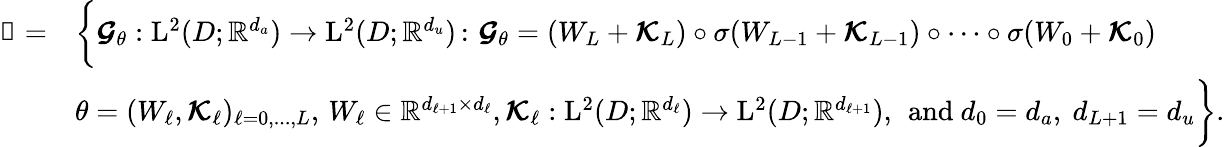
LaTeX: \begin{array}{rl}{\boldsymbol{\mathscr{N}}=}&{\biggl\{ \boldsymbol{\mathcal{G}}_{\theta}:\mathrm{L}^{2}(D;\mathbb{R}^{d_{a}})\to\mathrm{L}^{2}(D;\mathbb{R}^{d_{u}})\, \colon\, \boldsymbol{\mathcal{G}}_{\theta}=(W_{L}+\boldsymbol{\mathcal{K}}_{L})\circ\sigma(W_{L-1}+\boldsymbol{\mathcal{K}}_{L-1})\circ\cdots\circ\sigma(W_{0}+\boldsymbol{\mathcal{K}}_{0})}\\ &{\theta=(W_{\ell},\boldsymbol{\mathcal{K}}_{\ell})_{\ell=0,...,L},\, W_{\ell}\in\mathbb{R}^{d_{\ell+1}\times d_{\ell}},\boldsymbol{\mathcal{K}}_{\ell}:\mathrm{L}^{2}(D;\mathbb{R}^{d_{\ell}})\to\mathrm{L}^{2}(D;\mathbb{R}^{d_{\ell+1}}),\, \mathrm{~and~}d_{0}=d_{a},\ d_{L+1}=d_{u}\biggr\} .}\end{array}